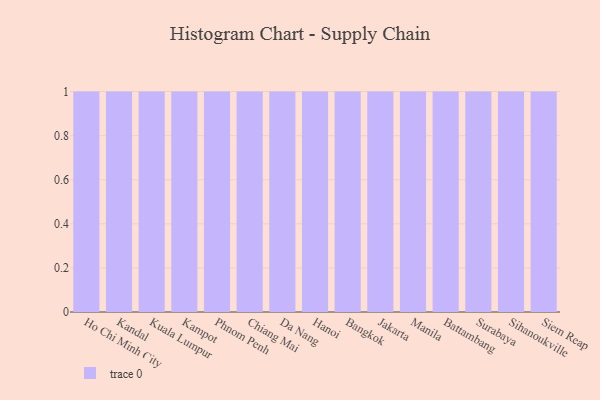
{"axis": {"x": "City", "y": "Market Share (%)"}, "legend": [""], "data": [{"x": "Ho Chi Minh City", "y": 26, "type": ""}, {"x": "Kandal", "y": 55, "type": ""}, {"x": "Kuala Lumpur", "y": 11, "type": ""}, {"x": "Kampot", "y": 39, "type": ""}, {"x": "Phnom Penh", "y": 31, "type": ""}, {"x": "Chiang Mai", "y": 56, "type": ""}, {"x": "Da Nang", "y": 98, "type": ""}, {"x": "Hanoi", "y": 66, "type": ""}, {"x": "Bangkok", "y": 98, "type": ""}, {"x": "Jakarta", "y": 98, "type": ""}, {"x": "Manila", "y": 10, "type": ""}, {"x": "Battambang", "y": 77, "type": ""}, {"x": "Surabaya", "y": 4, "type": ""}, {"x": "Sihanoukville", "y": 49, "type": ""}, {"x": "Siem Reap", "y": 60, "type": ""}]}